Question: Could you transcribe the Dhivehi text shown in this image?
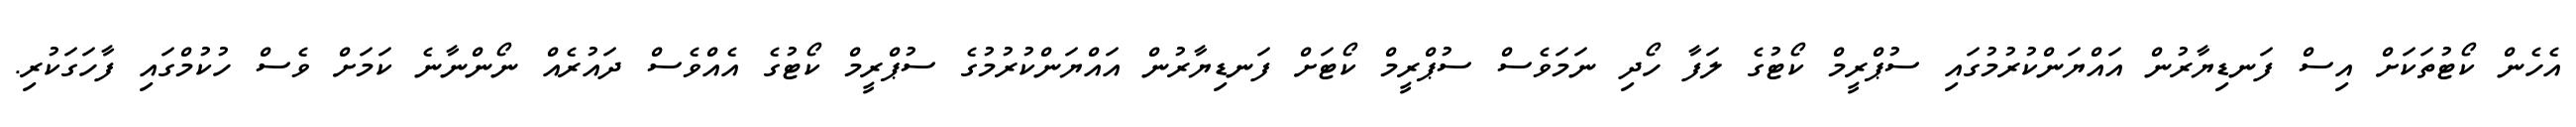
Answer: އެހެން ކޯޓުތަކަށް އިސް ފަނޑިޔާރުން އައްޔަންކުރުމުގައި ސުޕްރީމް ކޯޓުގެ ލަފާ ހޯދި ނަމަވެސް ސުޕްރީމް ކޯޓަށް ފަނޑިޔާރުން އައްޔަންކުރުމުގެ ސުޕްރީމް ކޯޓުގެ އެއްވެސް ދައުރެއް ނޯންނާނެ ކަމަށް ވެސް ހުކުމްގައި ފާހަގަކުރި.